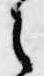
之